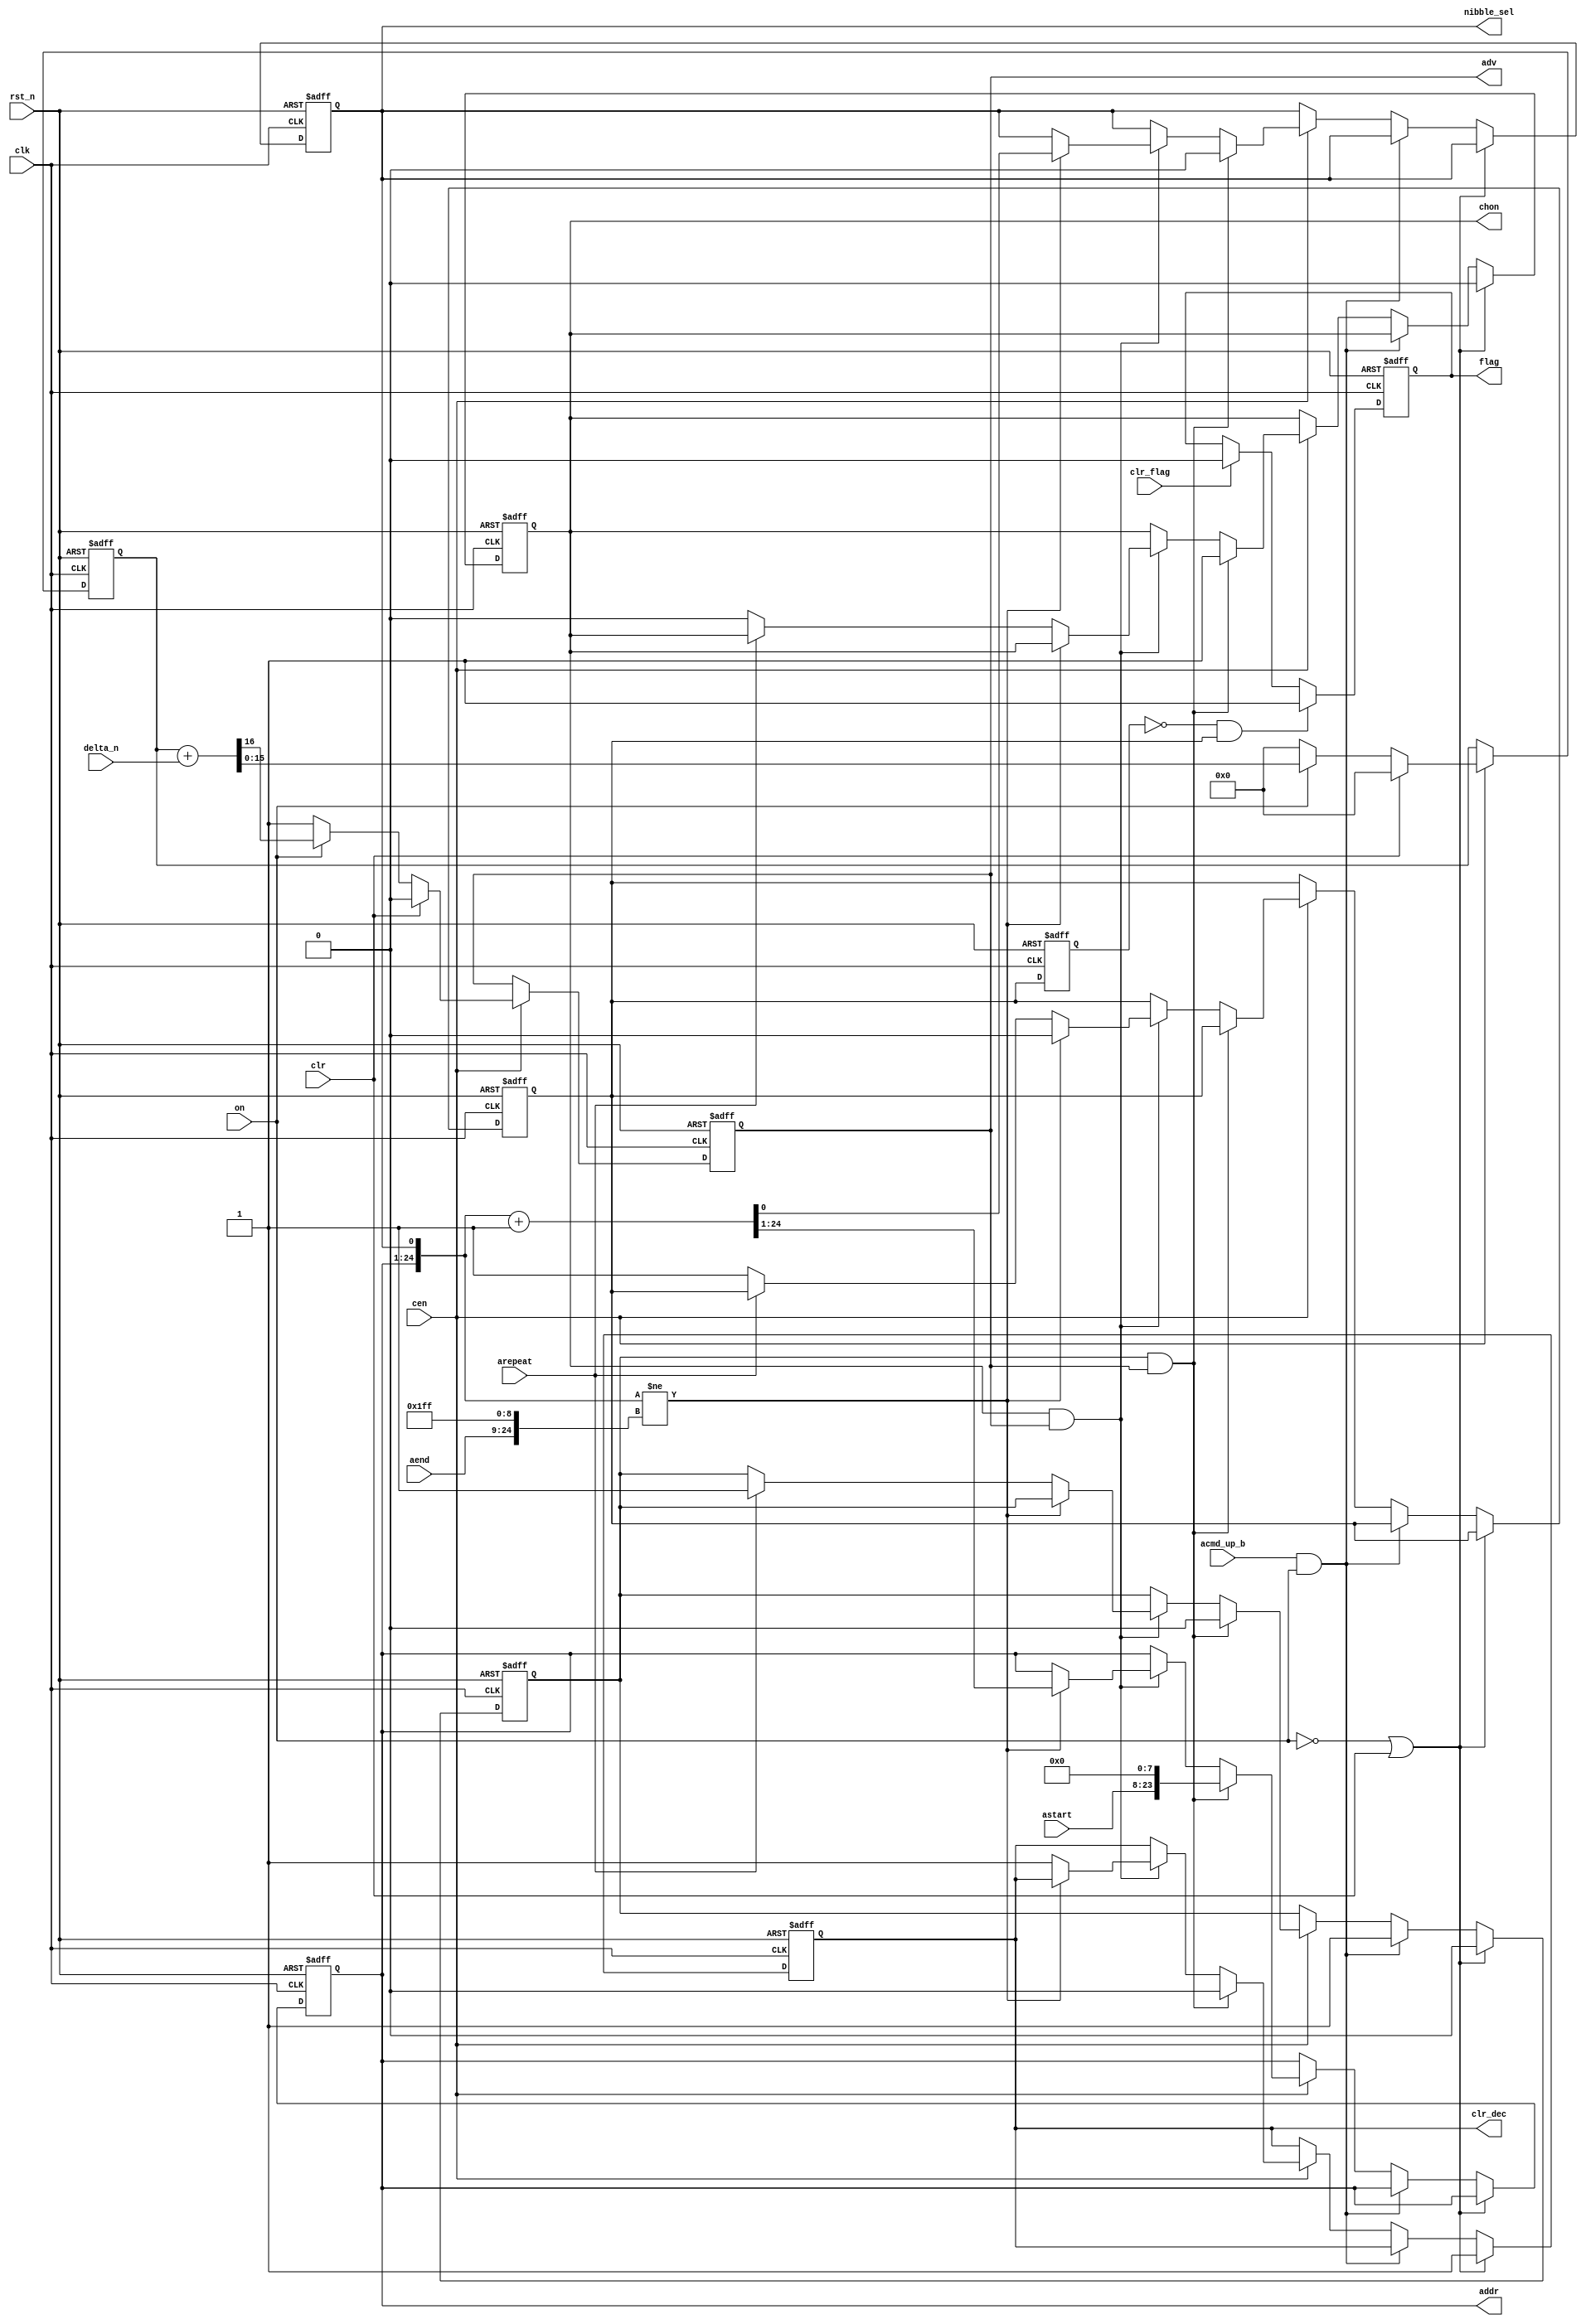
// This program was cloned from: https://github.com/MiSTer-devel/NeoGeo_MiSTer
// License: GNU General Public License v2.0

/* This file is part of JT12.


    JT12 program is free software: you can redistribute it and/or modify
    it under the terms of the GNU General Public License as published by
    the Free Software Foundation, either version 3 of the License, or
    (at your option) any later version.

    JT12 program is distributed in the hope that it will be useful,
    but WITHOUT ANY WARRANTY; without even the implied warranty of
    MERCHANTABILITY or FITNESS FOR A PARTICULAR PURPOSE.  See the
    GNU General Public License for more details.

    You should have received a copy of the GNU General Public License
    along with JT12.  If not, see <http://www.gnu.org/licenses/>.

    Author: Jose Tejada Gomez. Twitter: @topapate
    Version: 1.0
    Date: 21-03-2019
*/

// ADPCM-B counter

module jt10_adpcmb_cnt(
    input               rst_n,
    input               clk,    // CPU clock
    input               cen,    // clk & cen = 55 kHz

    // counter control
    input   [15:0]      delta_n,
    input               clr,
    input               on,
    input               acmd_up_b,
    // Address
    input       [15:0]  astart,
    input       [15:0]  aend,
    input               arepeat,
    output  reg [23:0]  addr,
    output  reg         nibble_sel,
    // Flag
    output  reg         chon,
    output  reg         flag,
    input               clr_flag,
    output  reg         clr_dec,

    output  reg         adv
);

// Counter
reg [15:0] cnt;

always @(posedge clk or negedge rst_n)
    if(!rst_n) begin
        cnt <= 'd0;
        adv <= 'b0;
    end else if(cen) begin
        if( clr) begin
            cnt <= 'd0;
            adv <= 'b0;
        end else begin
            if( on ) 
                {adv, cnt} <= {1'b0, cnt} + {1'b0, delta_n };
            else begin
                cnt <= 'd0;
                adv <= 1'b1; // let the rest of the signal chain advance
                    // when channel is off so all registers go to reset values
            end
        end
    end

reg set_flag, last_set;
reg restart;

always @(posedge clk or negedge rst_n)
    if(!rst_n) begin
        flag     <= 1'b0;
        last_set <= 'b0;
    end else begin
        last_set <= set_flag;
        if( clr_flag ) flag <= 1'b0;
        if( !last_set && set_flag ) flag <= 1'b1;
    end

// Address
always @(posedge clk or negedge rst_n)
    if(!rst_n) begin
        addr       <= 'd0;
        nibble_sel <= 'b0;
        set_flag   <= 'd0;
        chon       <= 'b0;
        restart    <= 'b0;
		  clr_dec    <= 'b1;
    end else if( !on || clr ) begin
        restart <= 'd0;
        chon <= 'd0;
		  clr_dec <= 'd1;
    end else if( acmd_up_b && on ) begin
        restart <= 'd1;
    end else if( cen ) begin
        if( restart && adv ) begin
            addr <= {astart,8'd0};
            nibble_sel <= 'b0;
            restart <= 'd0;
            chon <= 'd1;
            clr_dec <= 'd0;
        end else if( chon && adv ) begin
            if( { addr, nibble_sel } != { aend, 8'hFF, 1'b1 } ) begin
                { addr, nibble_sel } <= { addr, nibble_sel } + 25'd1;
                set_flag <= 'd0;
            end else if(arepeat) begin
                restart <= 'd1;
                clr_dec <= 'd1;
            end else begin
                set_flag <= 'd1;
                chon <= 'd0;
                clr_dec <= 'd1;
            end
        end
    end // cen


endmodule // jt10_adpcmb_cnt